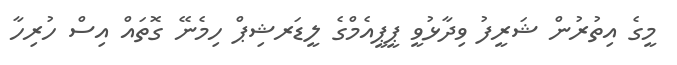
މީގެ އިތުރުން ޝަރީފު ވިދާޅުވީ ޕީޕީއެމްގެ ލީޑަރޝިޕް ހިމެނޭ ގޮތައް އިސް ހުރިހާ